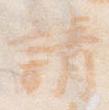
請